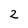
Character: 2